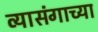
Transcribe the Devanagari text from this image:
व्यासंगाच्या